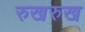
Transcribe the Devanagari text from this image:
रुखरुख